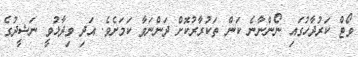
ވޯޓް ކަރުދާހުގައި ނޯންނާނެ ކަން ތަކުރާރުކޮށް ދަންނަވާ ކަމަށެވެ. އަދި ވިދާޅުވީ ނަޝީދުގެ